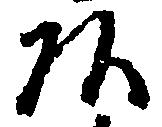
頭